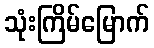
သုံးကြိမ်မြောက်